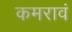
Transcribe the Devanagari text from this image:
कमरावं